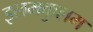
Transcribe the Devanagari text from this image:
इलमकुलम